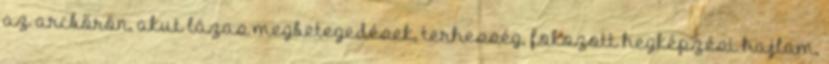
az arcbőrön, akut lázas megbetegedések, terhesség, fokozott hegképzési hajlam,